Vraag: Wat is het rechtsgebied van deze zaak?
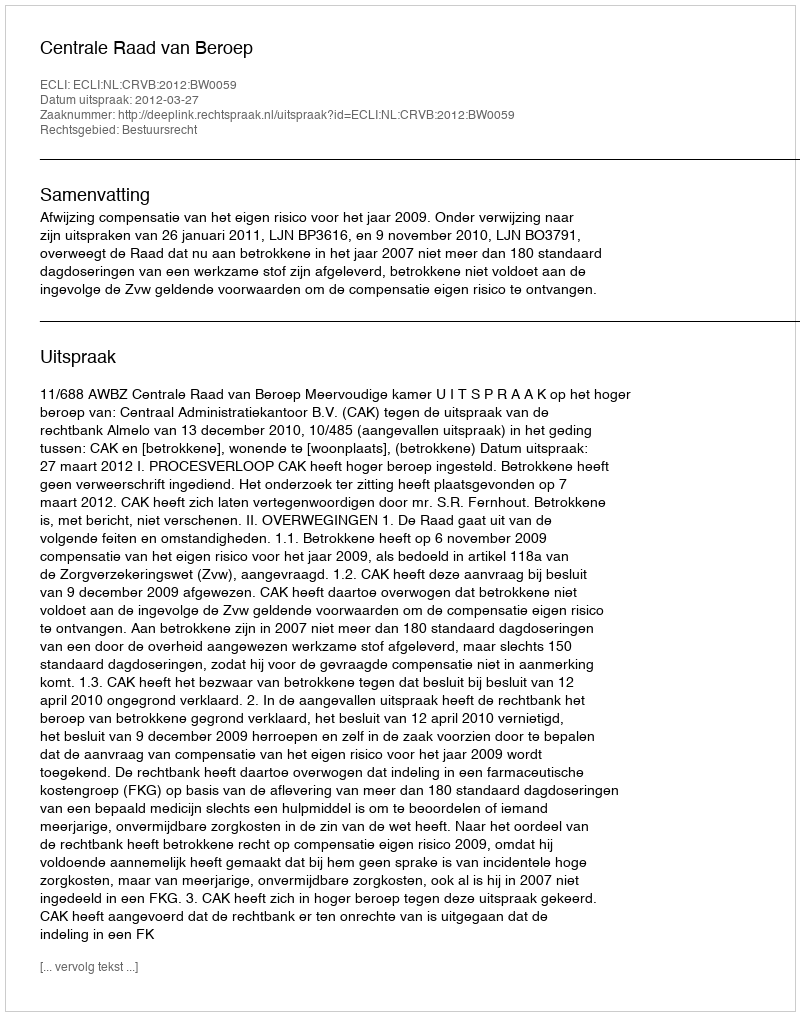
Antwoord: Bestuursrecht